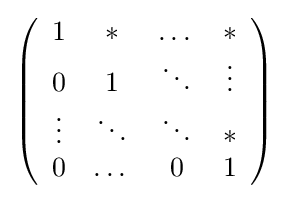
\left({\begin{array}{cccc}1&*&\dots &*\\0&1&\ddots &\vdots \\\vdots &\ddots &\ddots &*\\0&\dots &0&1\end{array}}\right)